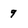
Character: 9